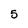
Character: 5